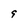
Character: 9